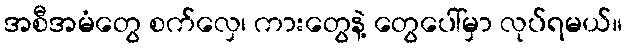
အစီအမံတွေ စက်လှေ၊ ကားတွေနဲ့ တွေပေါ်မှာ လုပ်ရမယ်။